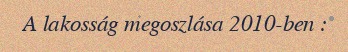
A lakosság megoszlása 2010-ben :